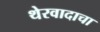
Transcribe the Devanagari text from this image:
थेरवादाचा